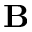
\mathbf { B }